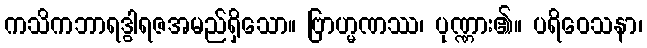
ကသိကဘာရဒွါရဇအမည်ရှိသော။ ဗြာဟ္မဏဿ၊ ပုဏ္ဏား၏။ ပရိဝေသနာ၊